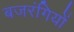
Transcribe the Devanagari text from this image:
बजरंगियों